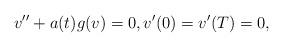
LaTeX: \begin{align*}v'' + a(t) g(v) = 0, v'(0) = v'(T) = 0,\end{align*}